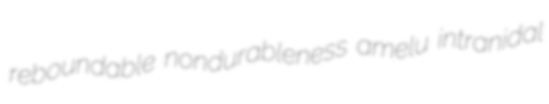
reboundable nondurableness amelu intranidal